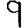
Digit: 9